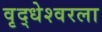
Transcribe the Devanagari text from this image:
वृद्धेश्‍वरला